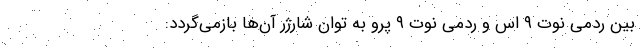
بین ردمی نوت ۹ اس و ردمی نوت ۹ پرو به توان شارژر آن‌ها بازمی‌گردد: